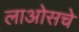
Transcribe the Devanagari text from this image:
लाओसचे